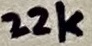
Text: 22k